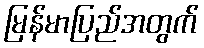
မြန်မာပြည်အတွက်